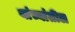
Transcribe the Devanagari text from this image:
यांच्यांतील